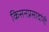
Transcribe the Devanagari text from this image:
किसनप्रसादांनी